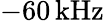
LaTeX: -60\, \textrm{kHz}